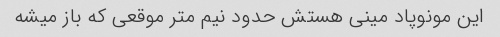
این مونوپاد مینی هستش حدود نیم متر موقعی که باز میشه